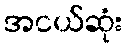
အငယ်ဆုံး